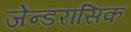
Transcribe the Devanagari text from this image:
जेन्डरासिक